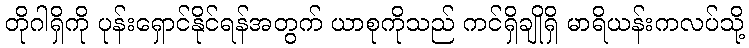
တိုဂါရှိကို ပုန်းရှောင်နိုင်ရန်အတွက် ယာစုကိုသည် ကင်ရှိချိုရှိ မာရိယန်းကလပ်သို့